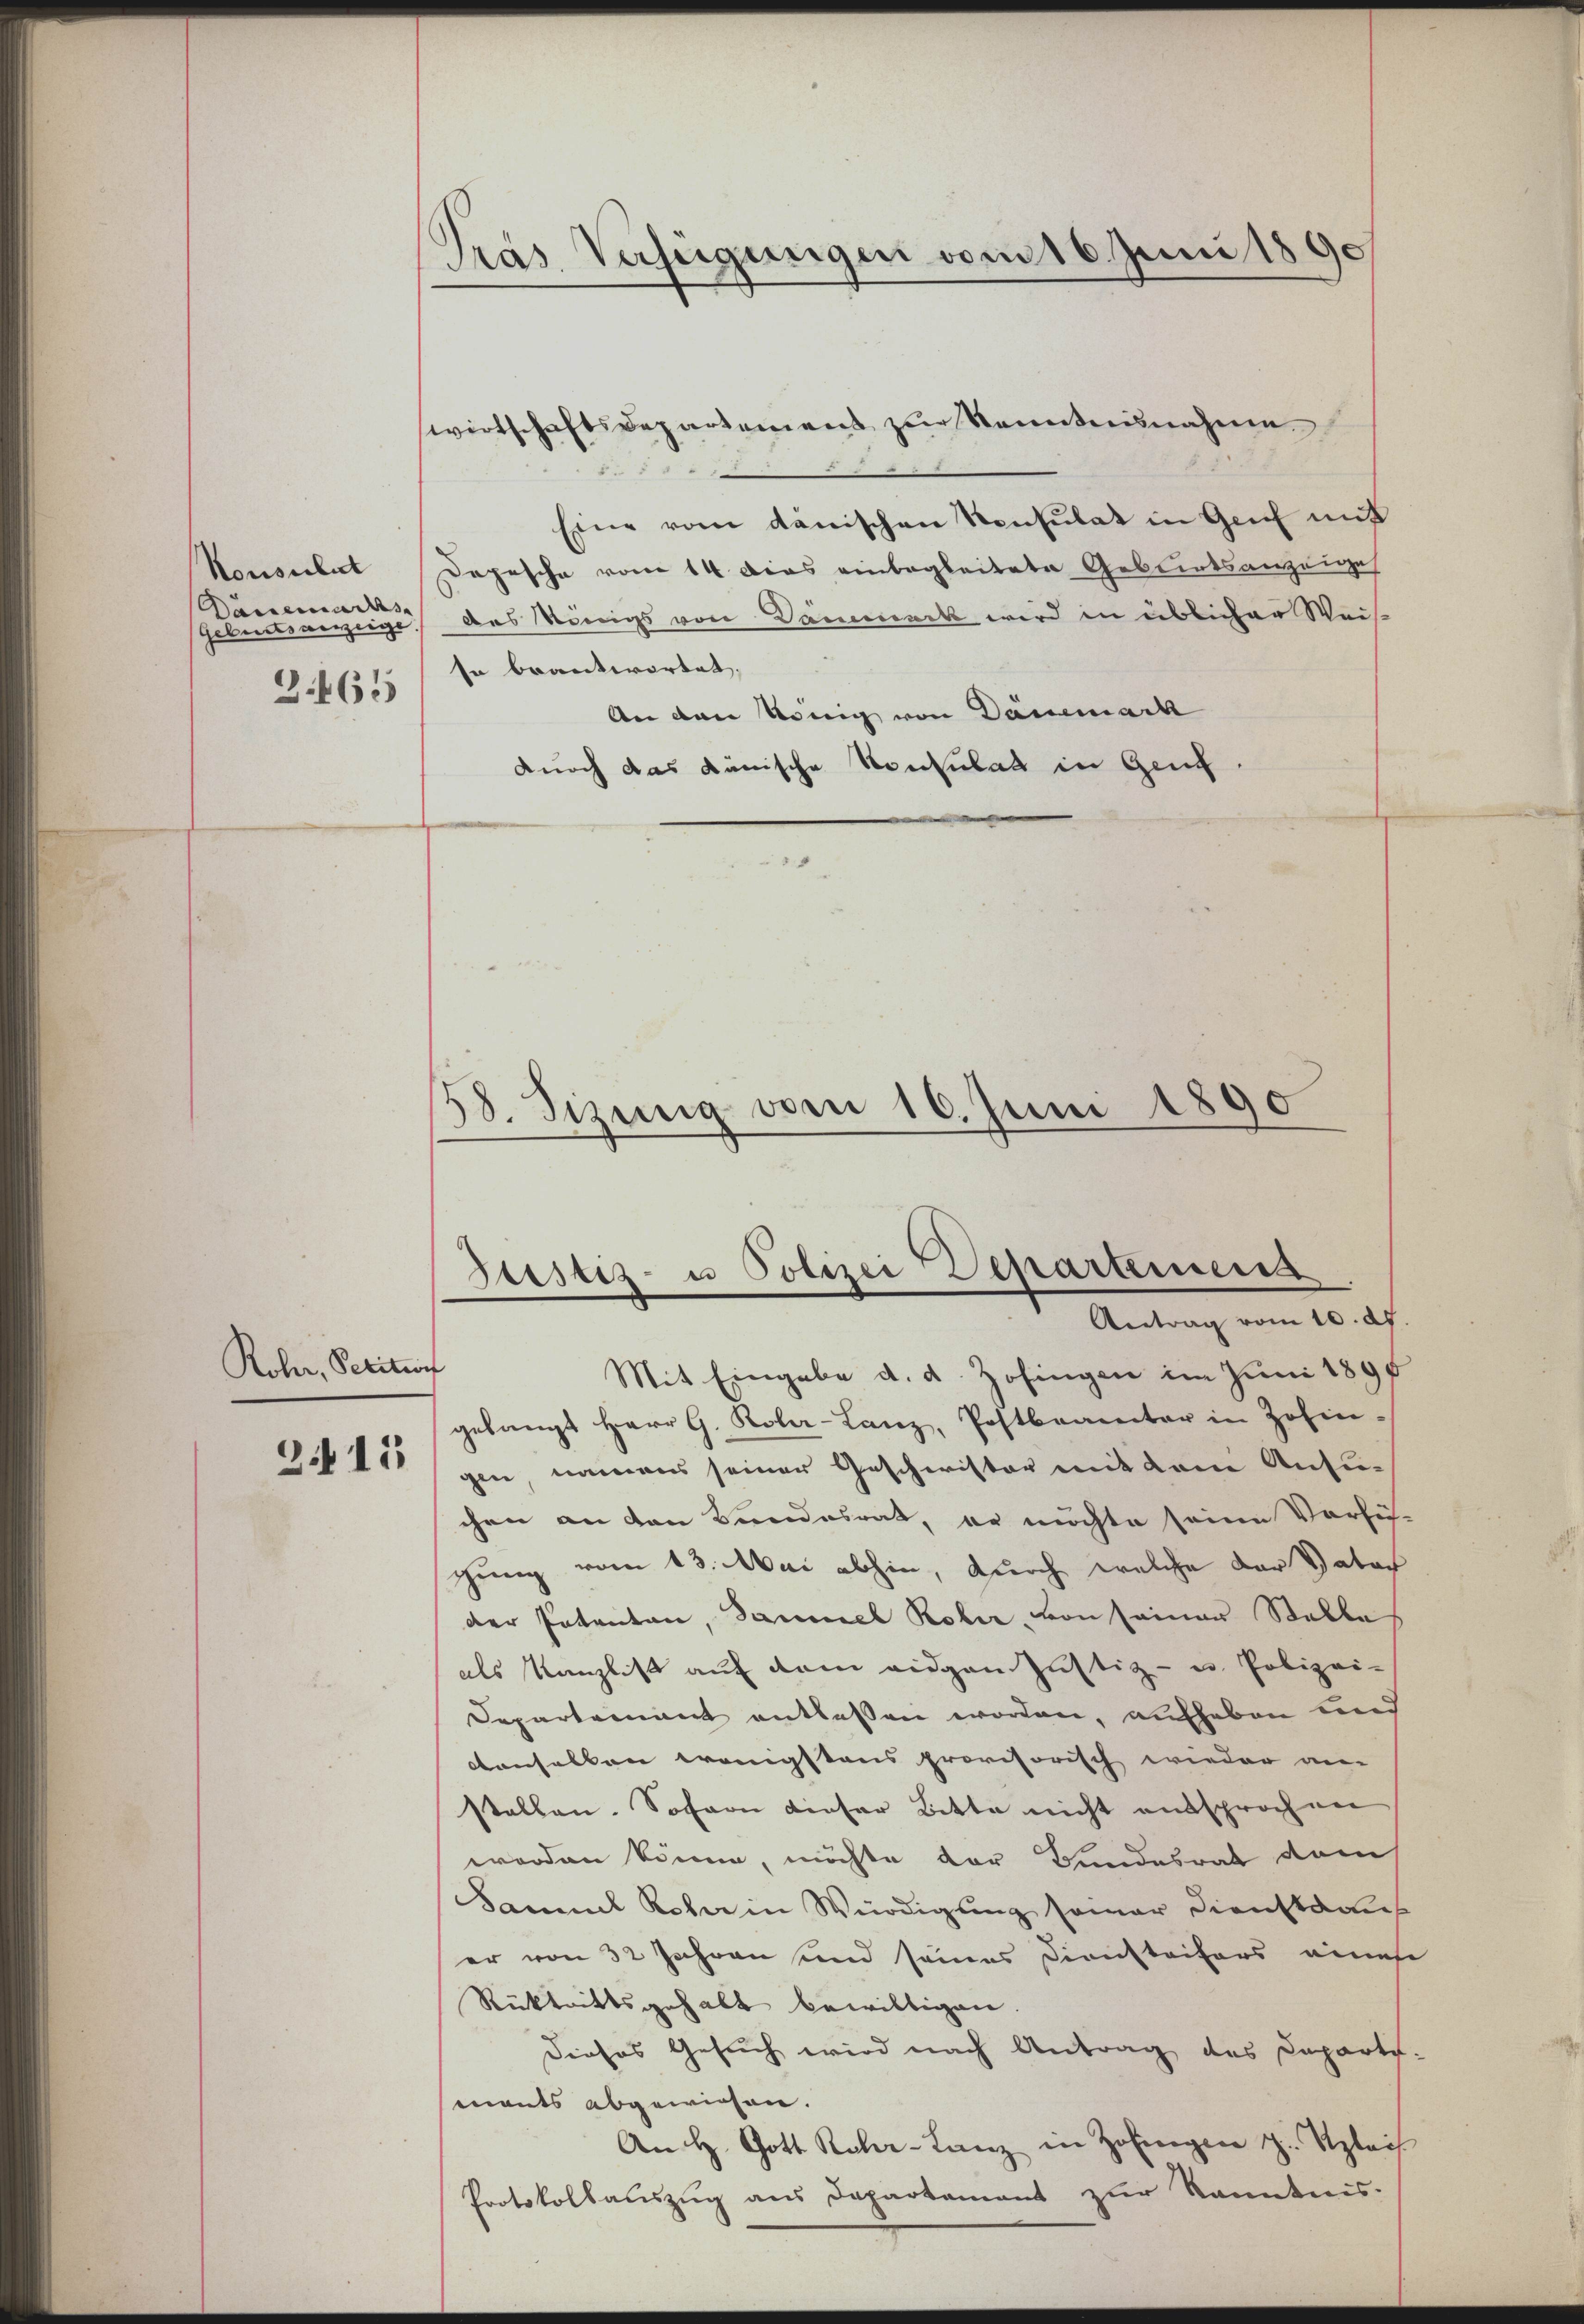
Dacsemarks
Geburtsverzeige
3.465

Rohr, Petition
215

Pras Verfügungen vom 16. Juni 1890

wirtschaftsdepartement zŭr Kenntnisnahme
Eine vom dänischen Konsulat in Genf mit
Konsulat Depesche vom 14. dies einbegleitete Geburtsanzeige
des Königs von Dämmert wird in üblicher Weis-
so beantwortet. |
An den könig von Dänemach
durch das dänische Konsulat in Gend

Mit Eingabe d. d. Zofingen im Juni 1896
gelangt Herr G. Kola-Lanz, Postbeamter in Zofin-
gen namens seiner Geschwister mit dem Ansin
chen an den Bundesrat, er möchte seine Vorle-
gung vom 13. Mai abhin, durch welche der Vater
der Patenten, Sammel Rober von seiner Stelle
als Kanzlist auf dem eigen Justiz- u. Polizei-
Departement entlassen worden, aufheben und
denselben wenigstens provisorisch wieder am
stellen. Sofern dieser Bitte nicht entsprochen
worden könne, möchte der Bundesrat vom
Samml Rober in Würdigung seiner Dienstamen
er von 32 Jahren und seines Diensteifers eines
Rücktrittsgehalt bewilligen.
dieses Gesuch wird nach Antrag des Departi.
mants abgewiesen.
An H. Gott Rohr-Lanz in Zofingen z. Szlais
Protokollauszug aus Departement zur Kenntnis.

58. Sizung vom 16. Juni 1890

Justiz- u Polizei Departemen
Antrag vom 10. d.